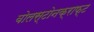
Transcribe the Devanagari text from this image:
वोलस्टोनक्राफ्ट